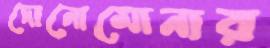
দোনোমোনার